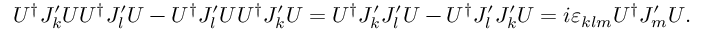
U ^ { \dagger } J _ { k } ^ { \prime } U U ^ { \dagger } J _ { l } ^ { \prime } U - U ^ { \dagger } J _ { l } ^ { \prime } U U ^ { \dagger } J _ { k } ^ { \prime } U = U ^ { \dagger } J _ { k } ^ { \prime } J _ { l } ^ { \prime } U - U ^ { \dagger } J _ { l } ^ { \prime } J _ { k } ^ { \prime } U = i \varepsilon _ { k l m } U ^ { \dagger } J _ { m } ^ { \prime } U .